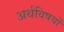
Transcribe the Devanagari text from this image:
अर्थविषयों